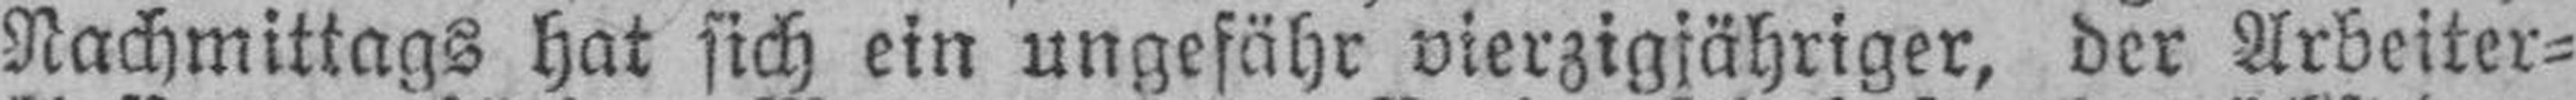
Nachmittags hat sich ein ungefähr vierzigjähriger, der Arbeiter¬